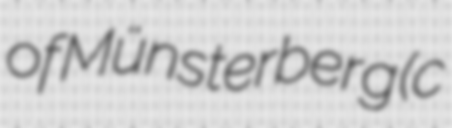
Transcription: of Münsterberg (c